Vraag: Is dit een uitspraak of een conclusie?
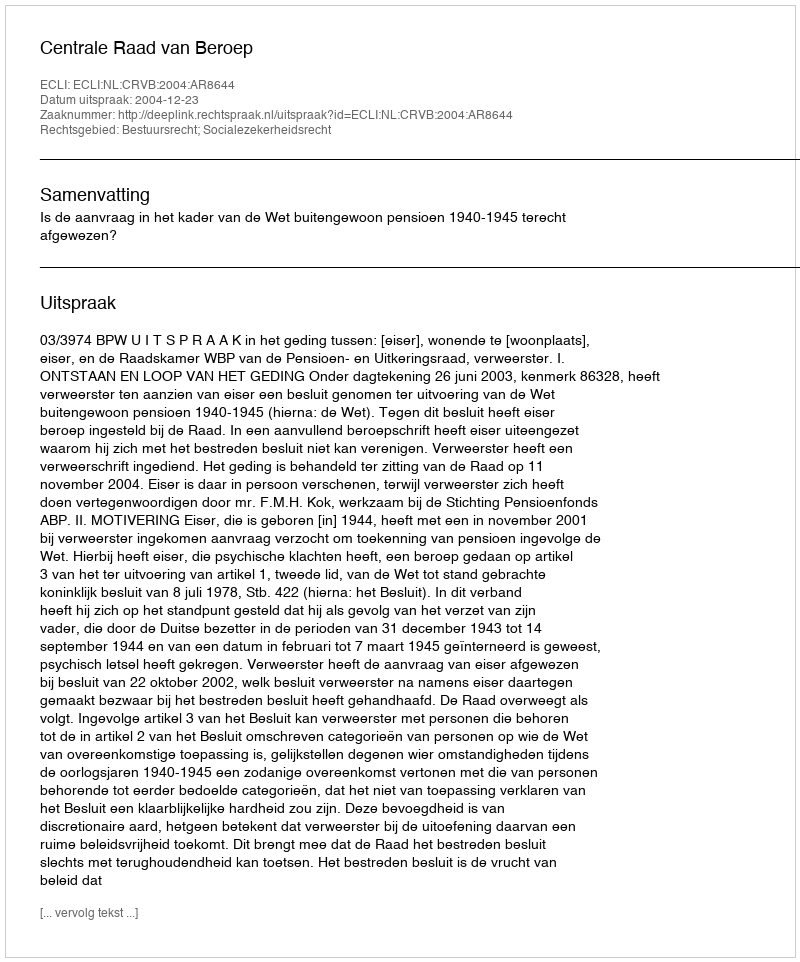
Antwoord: Uitspraak